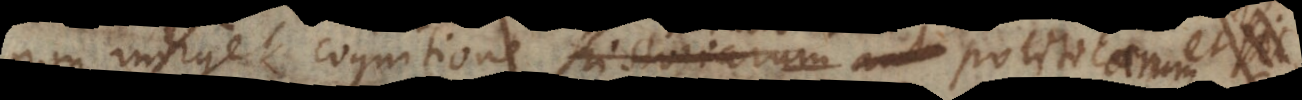
indiget cognitione historiarum aut politicae